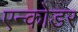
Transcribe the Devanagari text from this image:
एन्कोडर